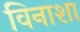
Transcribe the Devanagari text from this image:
विनाशा